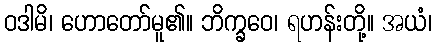
ဝဒါမိ၊ ဟောတော်မူ၏။ ဘိက္ခဝေ၊ ရဟန်းတို့။ အယံ၊